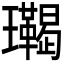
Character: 𤫝